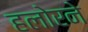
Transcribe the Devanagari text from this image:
हलोरने